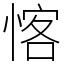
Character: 愘